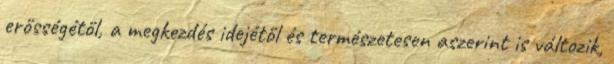
erősségétől, a megkezdés idejétől és természetesen aszerint is változik,